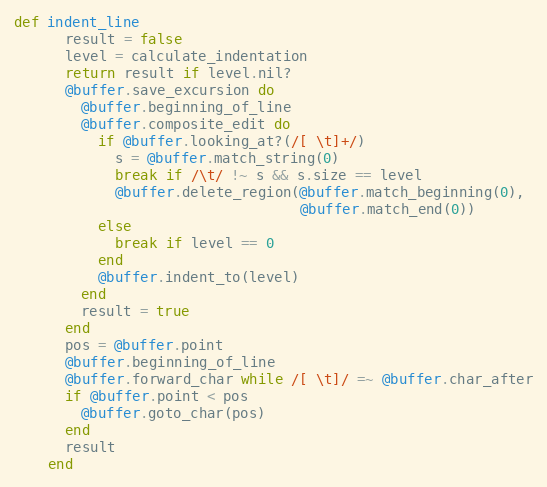
Language: Ruby
def indent_line
      result = false
      level = calculate_indentation
      return result if level.nil?
      @buffer.save_excursion do
        @buffer.beginning_of_line
        @buffer.composite_edit do
          if @buffer.looking_at?(/[ \t]+/)
            s = @buffer.match_string(0)
            break if /\t/ !~ s && s.size == level
            @buffer.delete_region(@buffer.match_beginning(0),
                                  @buffer.match_end(0))
          else
            break if level == 0
          end
          @buffer.indent_to(level)
        end
        result = true
      end
      pos = @buffer.point
      @buffer.beginning_of_line
      @buffer.forward_char while /[ \t]/ =~ @buffer.char_after
      if @buffer.point < pos
        @buffer.goto_char(pos)
      end
      result
    end